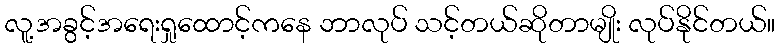
လူ့အခွင့်အရေးရှုထောင့်ကနေ ဘာလုပ် သင့်တယ်ဆိုတာမျိုး လုပ်နိုင်တယ်။